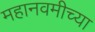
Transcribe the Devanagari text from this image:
महानवमीच्या